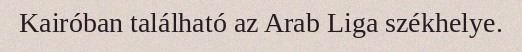
Kairóban található az Arab Liga székhelye.